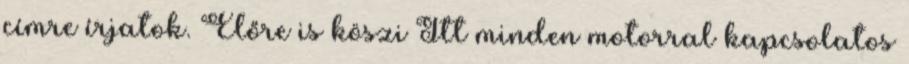
címre írjatok. Előre is köszi Itt minden motorral kapcsolatos